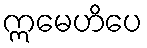
ဣမေဟိပေ